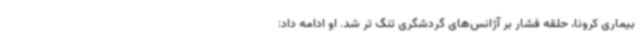
بیماری کرونا، حلقه فشار بر آژانس‌های گردشگری تنگ تر شد. او ادامه داد: